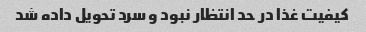
کیفیت غذا در حد انتظار نبود و سرد تحویل داده شد